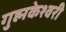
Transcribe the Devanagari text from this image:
गुह्मकेश्वरी